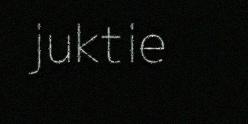
juktie